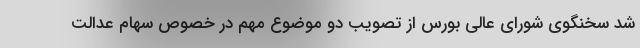
شد سخنگوی شورای عالی بورس از تصویب دو موضوع مهم در خصوص سهام عدالت